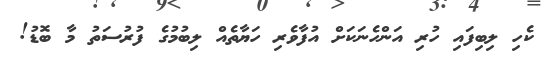
ކެހި ލިބިފައި ހުރި އަންހެނަކަށް އުފާވެރި ހަޔާތެއް ލިބުމުގެ ފުރުސަތު މާ ބޮޑު!